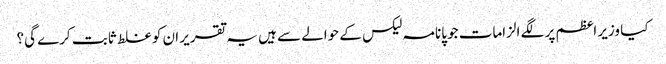
کیا وزیر اعظم پر لگے الزامات جو پانامہ لیکس کے حوالے سے ہیں یہ تقریر ان کو غلط ثابت کرے گی؟